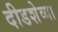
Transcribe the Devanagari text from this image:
दीडशेव्या